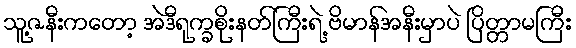
သူ့ဇနီးကတော့ အဲဒီရုက္ခစိုးနတ်ကြီးရဲ့ ဗိမာန်အနီးမှာပဲ ပြိတ္တာမကြီး